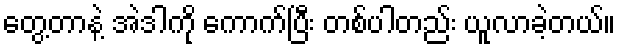
တွေ့တာနဲ့ အဲဒါကို ကောက်ပြီး တစ်ပါတည်း ယူလာခဲ့တယ်။